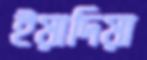
ইয়াদিয়া